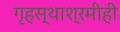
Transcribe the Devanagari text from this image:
गृहस्थाश्रमीही